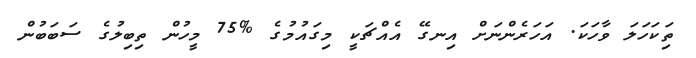
ތިަކަހަލަ ވާހަކަ. އަހަރެންނަށް އިނގޭ އެއްޗަކީ މިގައުމުގެ %75 މީހުން ތިބިލުގެ ސަބަބުން